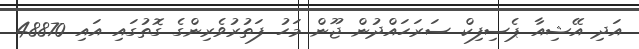
އަދި އޭޝިއާ ޕެސިފިކް ސަރަހައްދުން ޖޫން މަހު ފަތުރުވެރިންގެ ގޮތުގައި އައި 48870